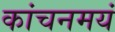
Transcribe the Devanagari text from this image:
कांचनमयं